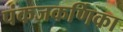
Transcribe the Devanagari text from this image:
पंकजकर्णिका